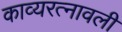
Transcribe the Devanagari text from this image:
काव्यरत्नावली